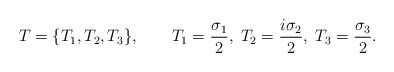
LaTeX: \begin{align*}T = \{ T_1,T_2,T_3 \}, \qquad T_1={\sigma_1 \over 2}, \;T_2={i \sigma_2 \over 2}, \; T_3={\sigma_3 \over 2}.\end{align*}